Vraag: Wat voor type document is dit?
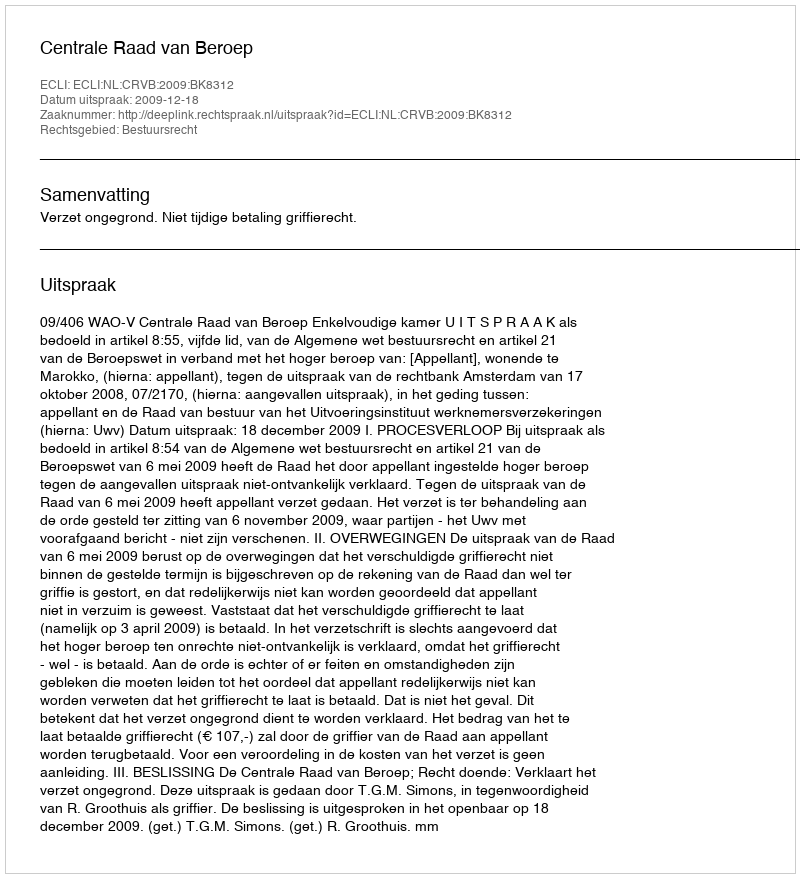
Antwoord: Uitspraak